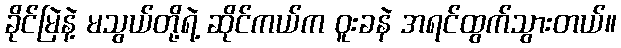
ခိုင်မြဲနဲ့ မသွယ်တို့ရဲ့ ဆိုင်ကယ်က ဝူးခနဲ အရင်ထွက်သွားတယ်။